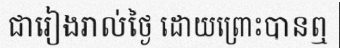
ជារៀងរាល់ថ្ងៃ ដោយព្រោះបានឮ